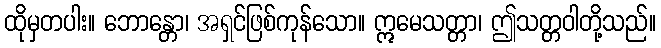
ထိုမှတပါး။ ဘောန္တော၊ အရှင်ဖြစ်ကုန်သော။ ဣမေသတ္တာ၊ ဤသတ္တဝါတို့သည်။